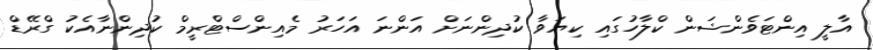
އާލީ އިންޓަވެންޝަން ކްލާހުގައި ކިޔަވާ ކުދިންނަށް އަންނަ އަހަރު މެއިންސްޓްރީމް ކުދިންނާއެކު ގްރޭޑް